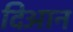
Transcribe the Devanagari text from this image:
दिआन